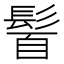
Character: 𩭈